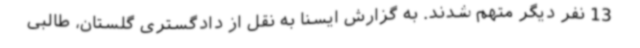
13 نفر دیگر متهم شدند. به گزارش ایسنا به نقل از دادگستری گلستان، طالبی